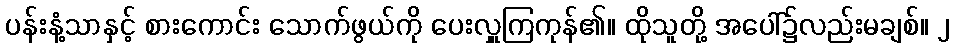
ပန်းနံ့သာနှင့် စားကောင်း သောက်ဖွယ်ကို ပေးလှူကြကုန်၏။ ထိုသူတို့ အပေါ်၌လည်းမချစ်။ ၂